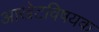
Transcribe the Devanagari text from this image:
आखेटविषयक